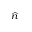
\scriptstyle { \widehat { n } }